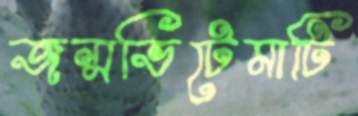
জন্মভিটেমাটি